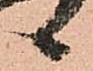
候